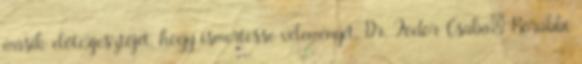
másik előterjesztőjét, hogy ismertesse véleményét. Dr. Fodor Csaba: Korábbi